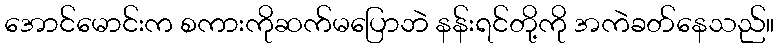
အောင်မောင်းက စကားကိုဆက်မပြောဘဲ နန်းရင်တို့ကို အကဲခတ်နေသည်။